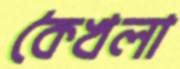
কৈখলা